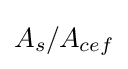
A_{s}/A_{cef}